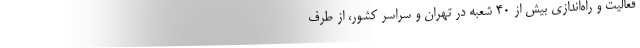
فعالیت و راه‌اندازی بیش از ۴۰ شعبه در تهران و سراسر کشور، از طرف